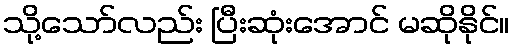
သို့သော်လည်း ပြီးဆုံးအောင် မဆိုနိုင်။